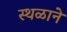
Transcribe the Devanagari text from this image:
स्थळाने